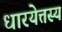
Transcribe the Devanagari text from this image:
धारयेत्तस्य